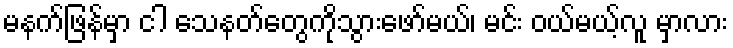
မနက်ဖြန်မှာ ငါ သေနတ်တွေကိုသွားဖော်မယ်၊ မင်း ဝယ်မယ့်လူ မှာလား